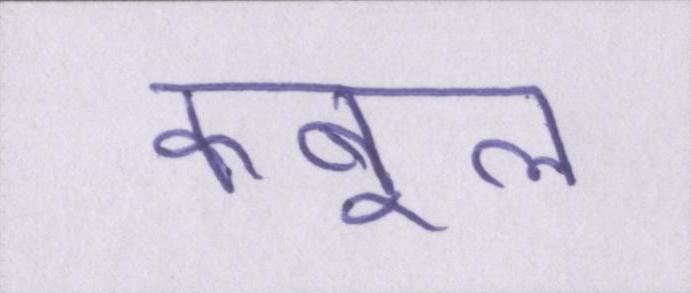
कबूल